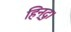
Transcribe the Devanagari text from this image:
हिन्दु।